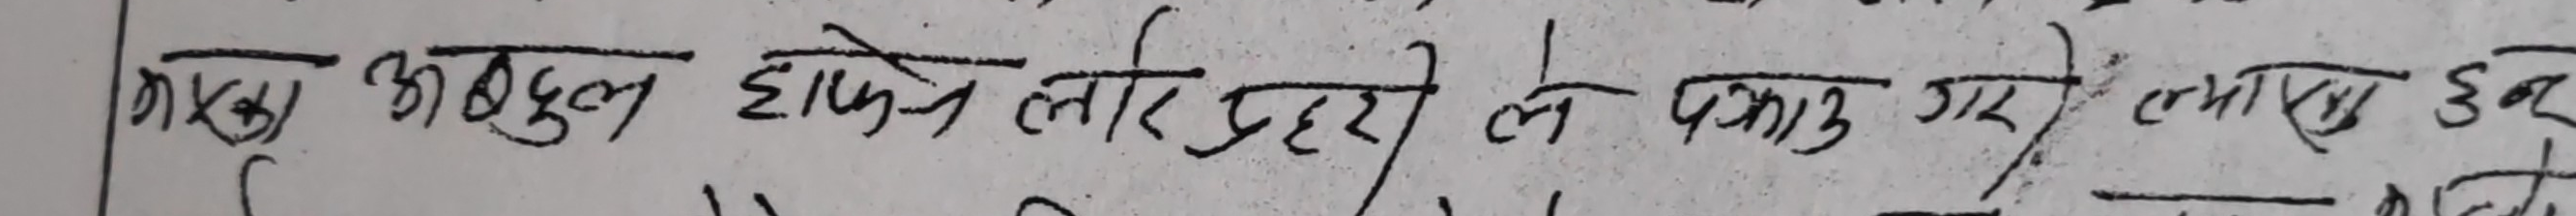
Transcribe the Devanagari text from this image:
मार्क्स अबदुल हाफिज लोर प्रहरि ले पकडा गए एमाले हुन